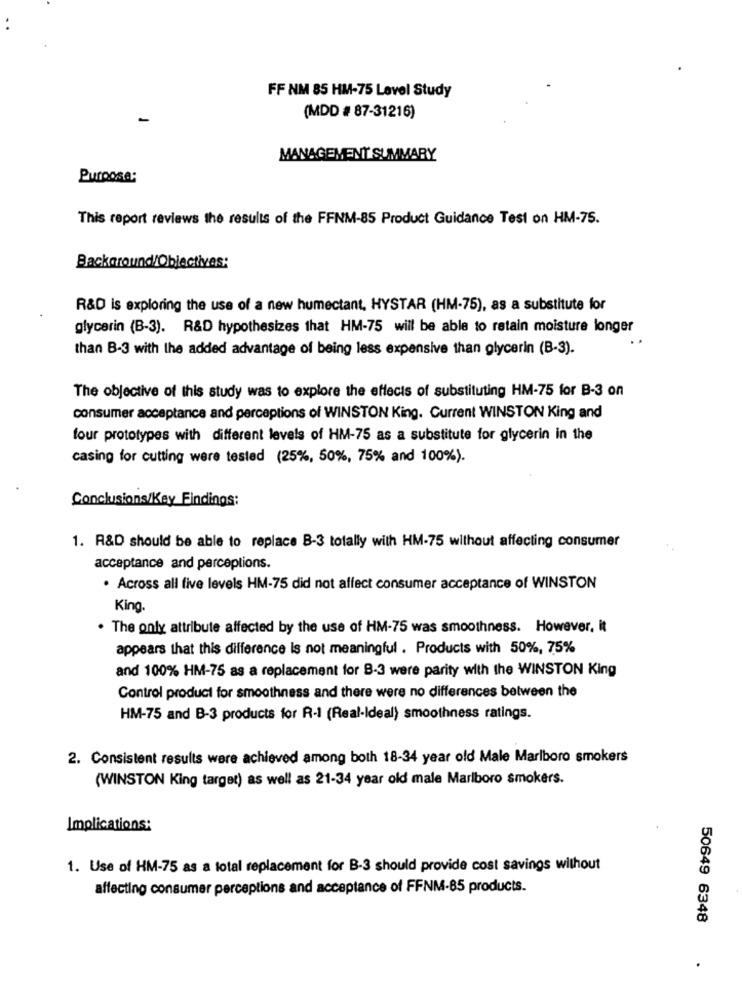
FF NM 85 HM-75 Level Study
(MDD # 87-31216)
MANAGEMENT SUMMARY
Purpose:
This report reviews the results of the FFNM-85 Product Guidance Test on HM-75.
Background/Objectives:
R&D is exploring the use of a new humectant, HYSTAR (HM-75), as a substitute for
glycerin (B-3). R&D hypothesizes that HM-75 will be able to retain moisture longer
than B-3 with the added advantage of being less expensive than glycerin (B-3).
The objective of this study was to explore the effects of substituting HM-75 for B-3 on
consumer acceptance and perceptions of WINSTON King. Current WINSTON King and
four prototypes with different levels of HM-75 as a substitute for glycerin in the
casing for cutting were tested (25%, 50%, 75% and 100%).
Conclusions/Key Findings:
1. R&D should be able to replace B-3 totally with HM-75 without affecting consumer
acceptance and perceptions.
· Across all five levels HM-75 did not affect consumer acceptance of WINSTON
King.
. The only attribute affected by the use of HM-75 was smoothness. However, it
appears that this difference Is not meaningful . Products with 50%, 75%
and 100% HM-75 as a replacement for 8-3 were parity with the WINSTON King
Control product for smoothness and there were no differences between the
HM-75 and B-3 products for R-1 (Real-Ideal) smoothness ratings.
2. Consistent results were achieved among both 18-34 year old Male Marlboro smokers
(WINSTON King target) as well as 21-34 year old male Marlboro smokers.
Implications:
1. Use of HM-75 as a total replacement for B-3 should provide cost savings without
affecting consumer perceptions and acceptance of FFNM-85 products.
50649 6348
.